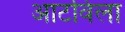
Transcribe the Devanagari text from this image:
आटविला